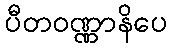
ပီတဝဏ္ဏာနိပေ